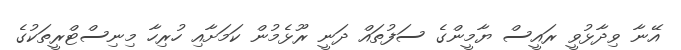
އޭނާ ވިދާޅުވީ ރައީސް ޔާމީންގެ ސަފުތައް ދަނީ ރޫޅެމުން ކަމަށާއި ހުރިހާ މިނިސްޓްރީތަކުގެ